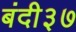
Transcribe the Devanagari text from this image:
बंदी३७